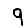
Digit: 9